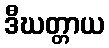
ဒီဃတ္တာယ